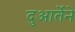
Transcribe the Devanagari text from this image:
दुआर्तेने